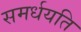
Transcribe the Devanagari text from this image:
समर्धयति